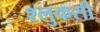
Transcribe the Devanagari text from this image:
श्लुकसी